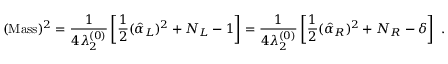
( \mathrm { M a s s } ) ^ { 2 } = { \frac { 1 } { 4 \lambda _ { 2 } ^ { ( 0 ) } } } \left[ { \frac { 1 } { 2 } } ( \hat { \alpha } _ { L } ) ^ { 2 } + N _ { L } - 1 \right] = { \frac { 1 } { 4 \lambda _ { 2 } ^ { ( 0 ) } } } \left[ { \frac { 1 } { 2 } } ( \hat { \alpha } _ { R } ) ^ { 2 } + N _ { R } - \delta \right] ~ .